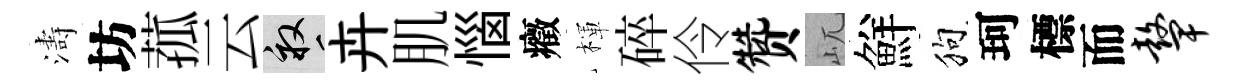
濤坊菰云畝卉肌惱癥楎碎伶赞屼鮮狗珂標而鼙